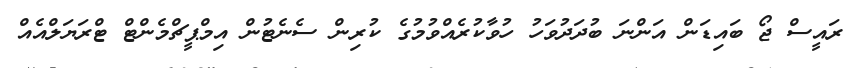
ރައީސް ޖޯ ބައިޑަން އަންނަ ބުދަދުވަހު ހުވާކުރެއްވުމުގެ ކުރިން ސެނެޓުން އިމްޕީޗްމެންޓް ޓްރަޔަލްއެއް